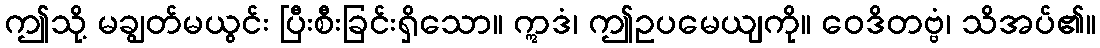
ဤသို့ မချွတ်မယွင်း ပြီးစီးခြင်းရှိသော။ ဣဒံ၊ ဤဥပမေယျကို။ ဝေဒိတဗ္ဗံ၊ သိအပ်၏။